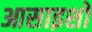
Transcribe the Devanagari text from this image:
आसाइशों